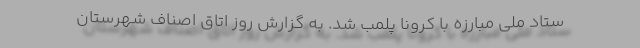
ستاد ملی مبارزه با کرونا پلمب شد. به گزارش روز اتاق اصناف شهرستان